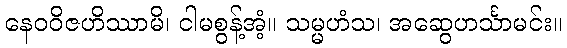
နေဝဝိဇဟိဿာမိ၊ ငါမစွန့်အံ့။ သမ္မဟံသ၊ အဆွေဟင်္သာမင်း။